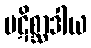
ပဋိစ္ဆာဒါယ